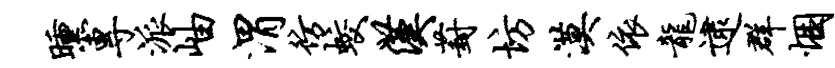
曛专派岫渭彷蛟汉葑坊漠依龙逮群悃